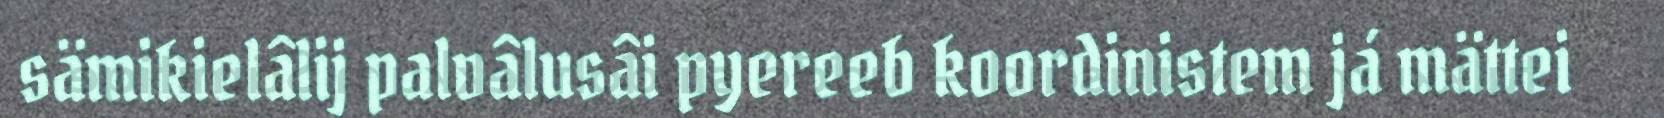
sämikielâlij palvâlusâi pyereeb koordinistem já mättei